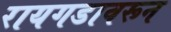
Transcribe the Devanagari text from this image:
रायगडावरून